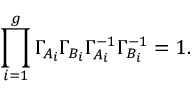
\prod _ { i = 1 } ^ { g } \Gamma _ { A _ { i } } \Gamma _ { B _ { i } } \Gamma _ { A _ { i } } ^ { - 1 } \Gamma _ { B _ { i } } ^ { - 1 } = 1 .